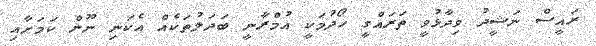
ރައީސް ނަޝީދު ވިދާޅުވީ ތަރައްގީ ހޯދުމަކީ އުމްރާނީ ބަދަލުތަކެއް އެކަނި ނޫން ކަމަށާއި